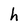
Character: h